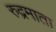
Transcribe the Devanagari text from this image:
रुद्रमाता